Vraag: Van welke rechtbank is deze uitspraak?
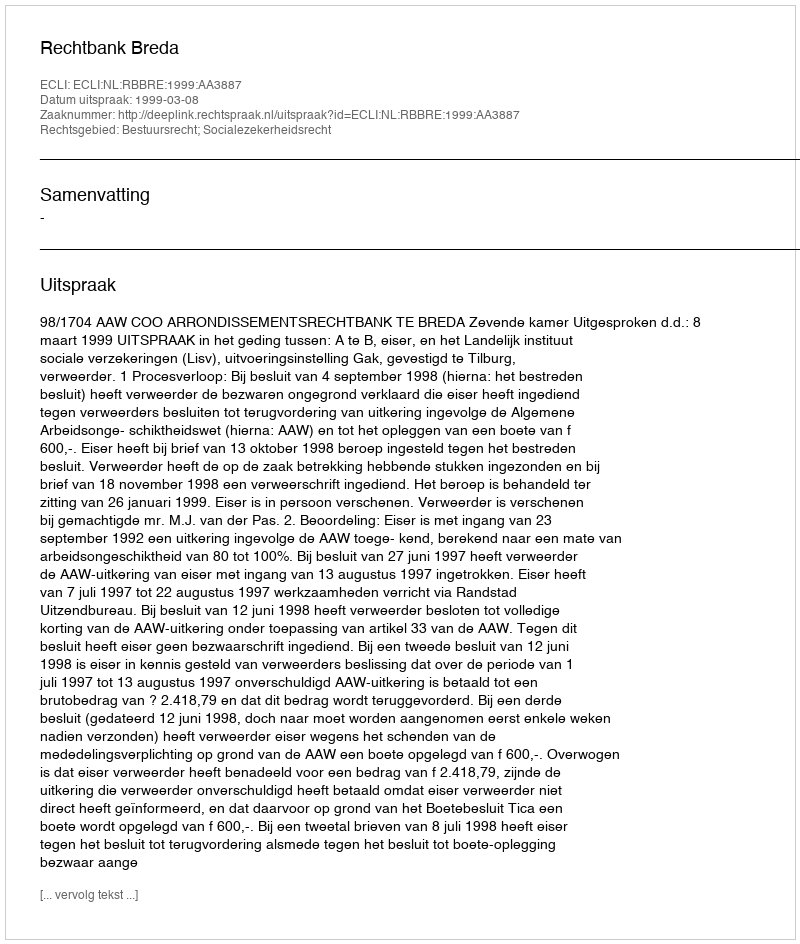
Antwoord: Rechtbank Breda